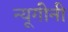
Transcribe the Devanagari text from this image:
न्यूगीनी